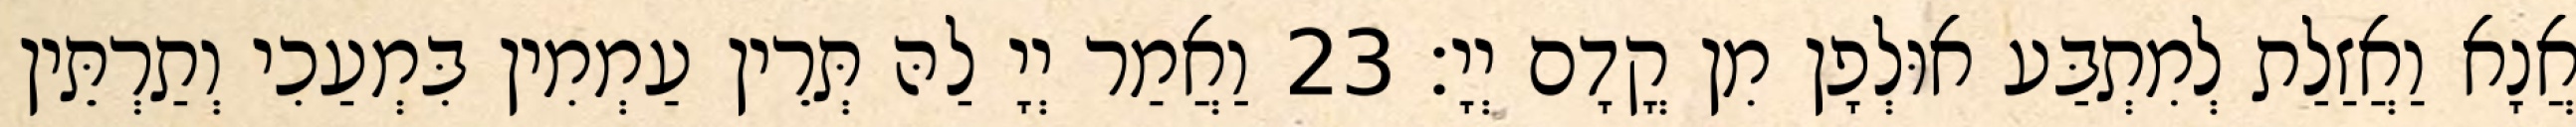
אֲנָא וַאֲזַלַת לְמִתְבַּע אוּלְפָן מִן קֳדָם יְיָ׃ 23 וַאֲמַר יְיָ לַהּ תְּרֵין עַמְמִין בִּמְעַכִי וְתַרְתֵּין